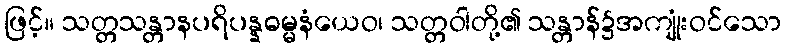
ဖြင့်။ သတ္တသန္တာနပရိပန္နဓမ္မနံယေဝ၊ သတ္တဝါတို့၏ သန္တာန်၌အကျုံးဝင်သော